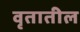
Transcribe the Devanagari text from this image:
वृतातील